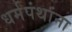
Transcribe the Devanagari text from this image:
धर्मपंथांना